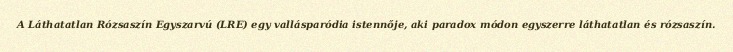
A Láthatatlan Rózsaszín Egyszarvú (LRE) egy vallásparódia istennője, aki paradox módon egyszerre láthatatlan és rózsaszín.